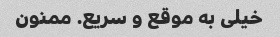
خیلی به موقع و سریع. ممنون